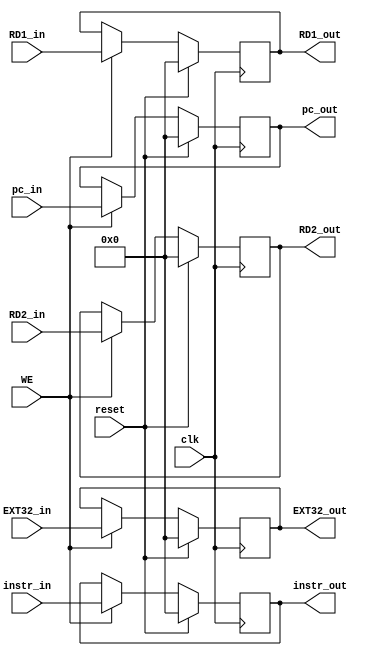
`timescale 1ns / 1ps
//////////////////////////////////////////////////////////////////////////////////
// Company: 
// Engineer: 
// 
// Design Name: 
// Module Name:    E_REG 
// Project Name: 
// Target Devices: 
// Tool versions: 
// Description: 
//
// Dependencies: 
//
// Revision: 
// Revision 0.01 - File Created
// Additional Comments: 
//
//////////////////////////////////////////////////////////////////////////////////
module E_REG(
    input clk,
    input reset,
    input WE,
    input [31:0] instr_in,
    input [31:0] pc_in,
    input [31:0] RD1_in,
    input [31:0] RD2_in,
    input [31:0] EXT32_in,
    output [31:0] instr_out,
    output [31:0] pc_out,
    output [31:0] RD1_out,
    output [31:0] RD2_out,
    output [31:0] EXT32_out
    );
    
    reg [31:0] instr;
    reg [31:0] pc;
    reg [31:0] RD1;
    reg [31:0] RD2;
    reg [31:0] EXT32;
    
    assign instr_out = instr;
    assign pc_out = pc;
    assign RD1_out = RD1;
    assign RD2_out = RD2;
    assign EXT32_out = EXT32;
    
    always @(posedge clk) begin
        if(reset) begin
            instr <= 0;
            pc <= 0;
            RD1 <= 0;
            RD2 <= 0;
            EXT32 <= 0;
        end
        else if(WE) begin
            instr <= instr_in;
            pc <= pc_in;
            RD1 <= RD1_in;
            RD2 <= RD2_in;
            EXT32 <= EXT32_in;
        end
    end

endmodule